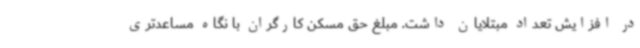
در افزایش تعداد مبتلایان داشت. مبلغ حق مسکن کارگران با نگاه مساعدتری